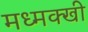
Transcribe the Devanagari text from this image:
मध्मक्खी